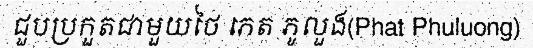
ជួបប្រកួតជាមួយថៃ ភេត ភូលួង(Phat Phuluong)